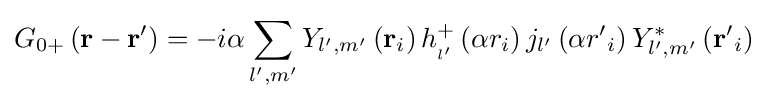
{G_{0+}}\left({{\bf {r}}-{\bf {r'}}}\right)=-i\alpha \sum \limits _{l',m'}{{Y_{l',m'}}\left({{\bf {r}}_{i}}\right)h_{_{l'}}^{+}\left({\alpha {r_{i}}}\right){j_{l'}}\left({\alpha {{r'}_{i}}}\right)Y_{l',m'}^{*}\left({{\bf {r'}}_{i}}\right)}